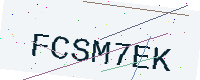
Text: FCSM7EK